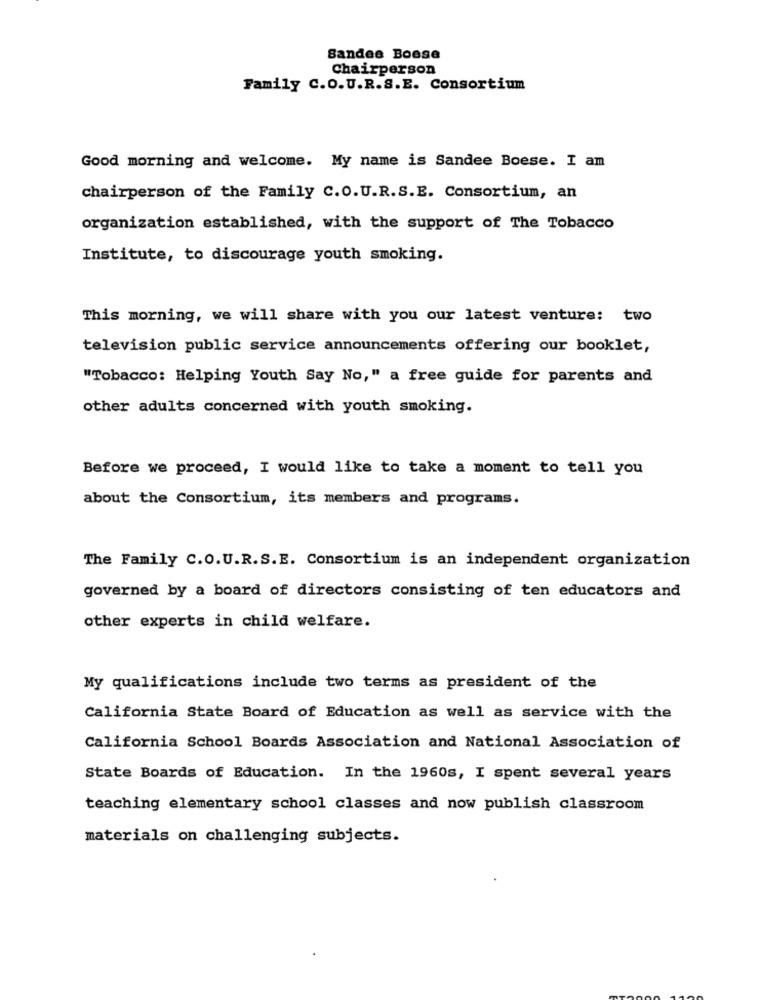
Sandee Boese
Chairperson
Family C.O.U.R.S.E. Consortium
Good morning and welcome. My name is Sandee Boese. I am
chairperson of the Family C.O.U.R.S.E. Consortium, an
organization established, with the support of The Tobacco
Institute, to discourage youth smoking.
This morning, we will share with you our latest venture: two
television public service announcements offering our booklet,
"Tobacco: Helping Youth Say No," a free guide for parents and
other adults concerned with youth smoking.
Before we proceed, I would like to take a moment to tell you
about the Consortium, its members and programs.
The Family C.O.U.R.S.E. Consortium is an independent organization
governed by a board of directors consisting of ten educators and
other experts in child welfare.
My qualifications include two terms as president of the
California State Board of Education as well as service with the
California School Boards Association and National Association of
State Boards of Education. In the 1960s, I spent several years
teaching elementary school classes and now publish classroom
materials on challenging subjects.